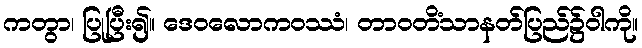
ကတွာ၊ ပြုပြီး၍။ ဒေဝလောကဝဿံ၊ တာဝတိံသာနတ်ပြည်၌ဝါကို။